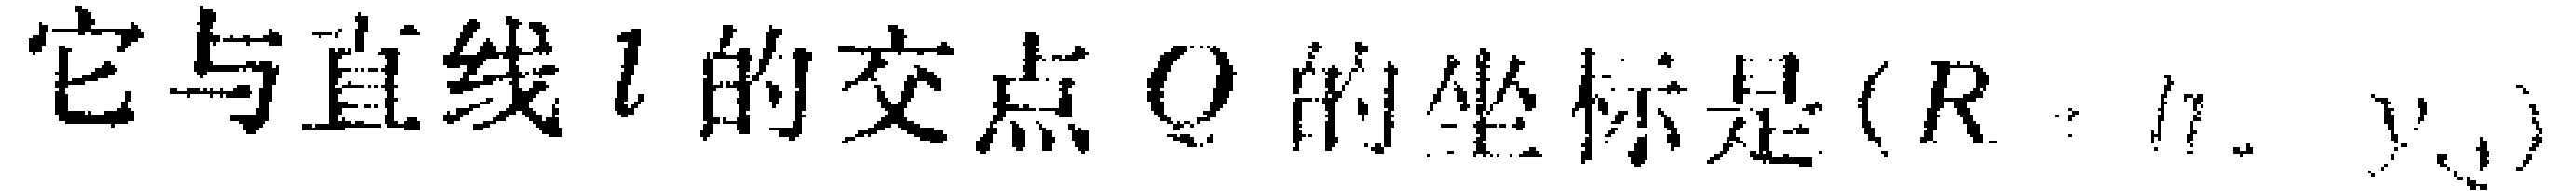
它与直线 \(l\) 的交点 \(Q\) 的坐标是\((R_{1},y_{1})\)